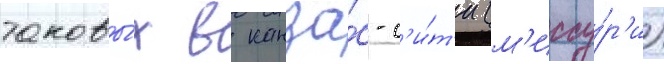
таковы́х в канза́с-с'и́т'и (м'иссу́р'и)